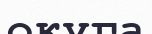
окуга